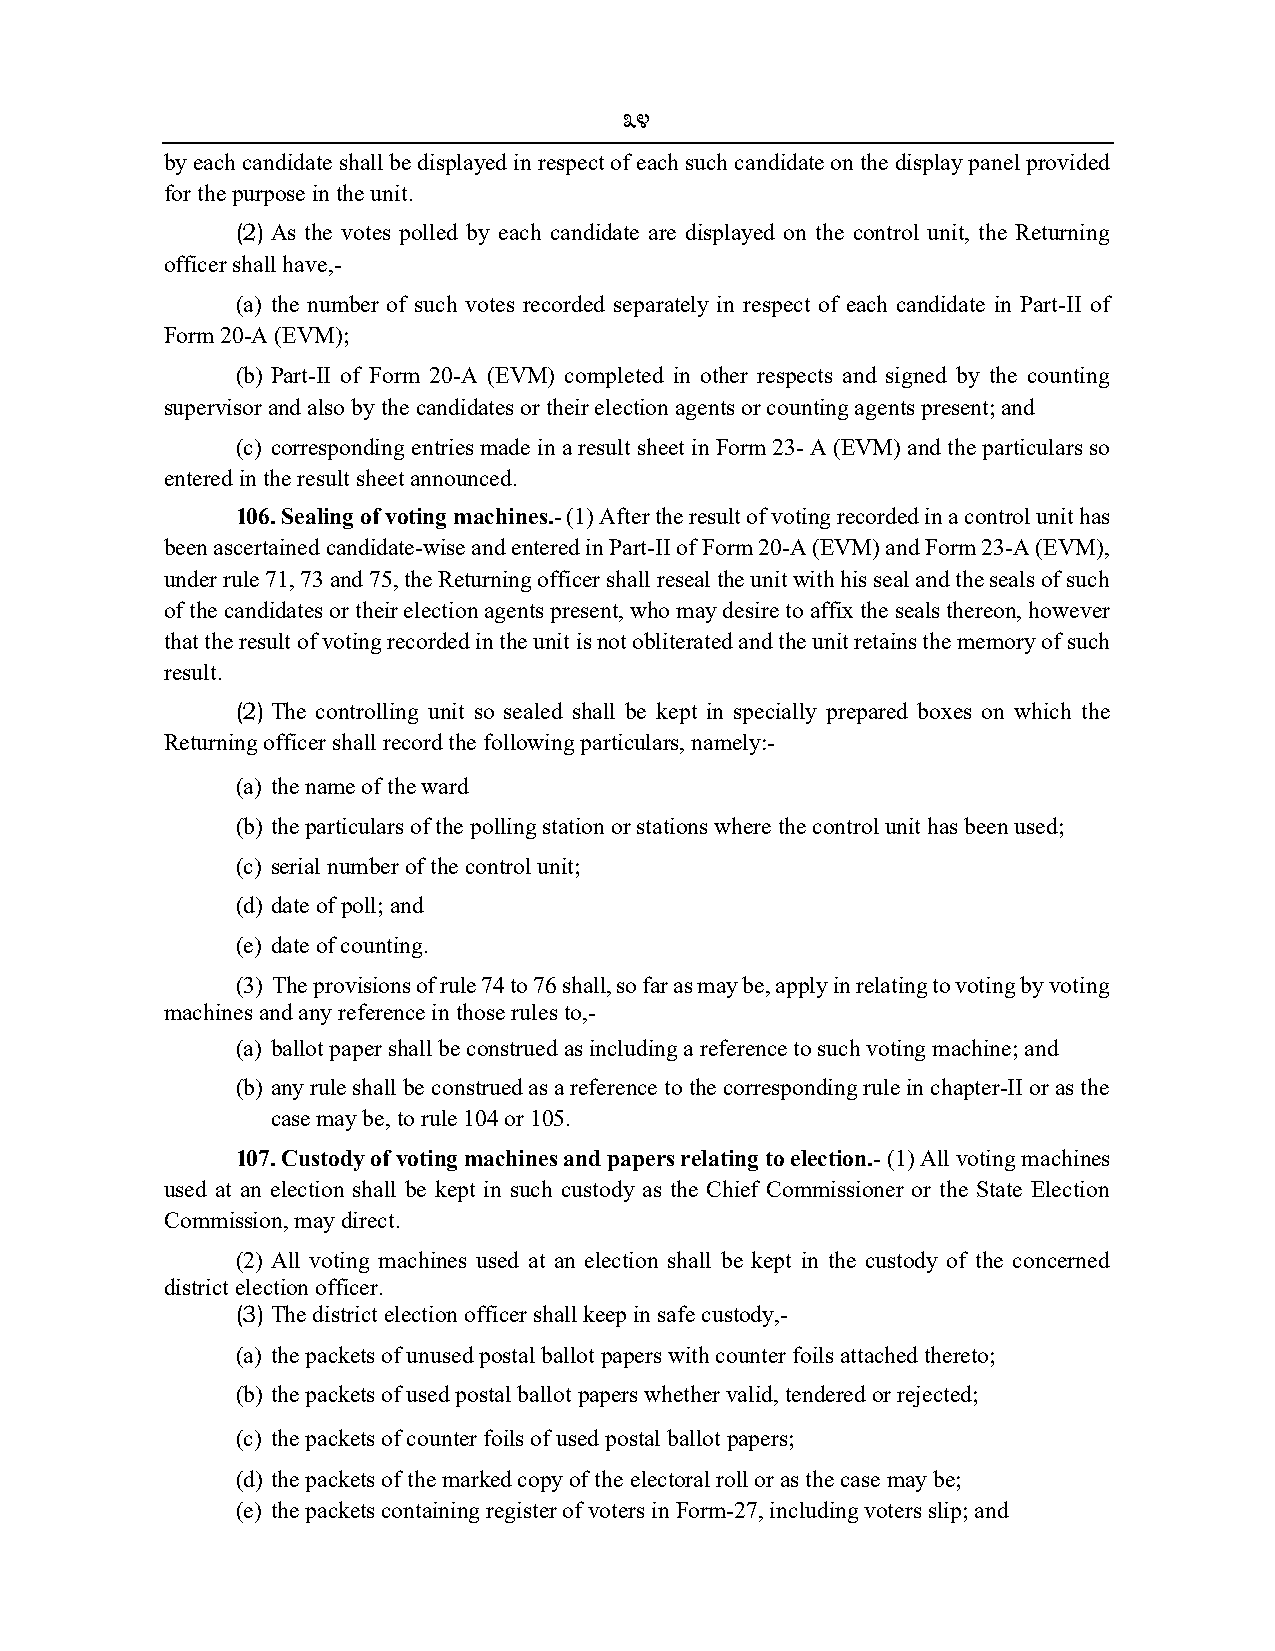
34
 by each candidate shall be displayed in respect of each such candidate on the display panel provided
 for the purpose in the unit.
 (2) As the votes polled by each candidate are displayed on the control unit, the Returning
 officer shall have,-
 (a) the number of such votes recorded separately in respect of each candidate in Part-II of
 Form 20-A (EVM);
 (b) Part-II of Form 20-A (EVM) completed in other respects and signed by the counting
 supervisor and also by the candidates or their election agents or counting agents present; and
 (c) corresponding entries made in a result sheet in Form 23- A (EVM) and the particulars so
 entered in the result sheet announced.
 106. Sealing of voting machines.- (1) After the result of voting recorded in a control unit has
 been ascertained candidate-wise and entered in Part-II of Form 20-A (EVM) and Form 23-A (EVM),
 under rule 71, 73 and 75, the Returning officer shall reseal the unit with his seal and the seals of such
 of the candidates or their election agents present, who may desire to affix the seals thereon, however
 that the result of voting recorded in the unit is not obliterated and the unit retains the memory of such
 result.
 (2) The controlling unit so sealed shall be kept in specially prepared boxes on which the
 Returning officer shall record the following particulars, namely:-
 (a) the name of the ward
 (b) the particulars of the polling station or stations where the control unit has been used;
 (c) serial number of the control unit;
 (d) date of poll; and
 (e) date of counting.
 (3) The provisions of rule 74 to 76 shall, so far as may be, apply in relating to voting by voting
 machines and any reference in those rules to,-
 (a) ballot paper shall be construed as including a reference to such voting machine; and
 (b) any rule shall be construed as a reference to the corresponding rule in chapter-II or as the
 case may be, to rule 104 or 105.
 107. Custody of voting machines and papers relating to election.- (1) All voting machines
 used at an election shall be kept in such custody as the Chief Commissioner or the State Election
 Commission, may direct.
 (2) All voting machines used at an election shall be kept in the custody of the concerned
 district election officer.
 (3) The district election officer shall keep in safe custody,-
 (a) the packets of unused postal ballot papers with counter foils attached thereto;
 (b) the packets of used postal ballot papers whether valid, tendered or rejected;
 (c) the packets of counter foils of used postal ballot papers;
 (d) the packets of the marked copy of the electoral roll or as the case may be;
 (e) the packets containing register of voters in Form-27, including voters slip; and